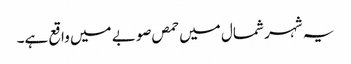
یہ شہر شمال میں حمص صوبے میں واقع ہے۔